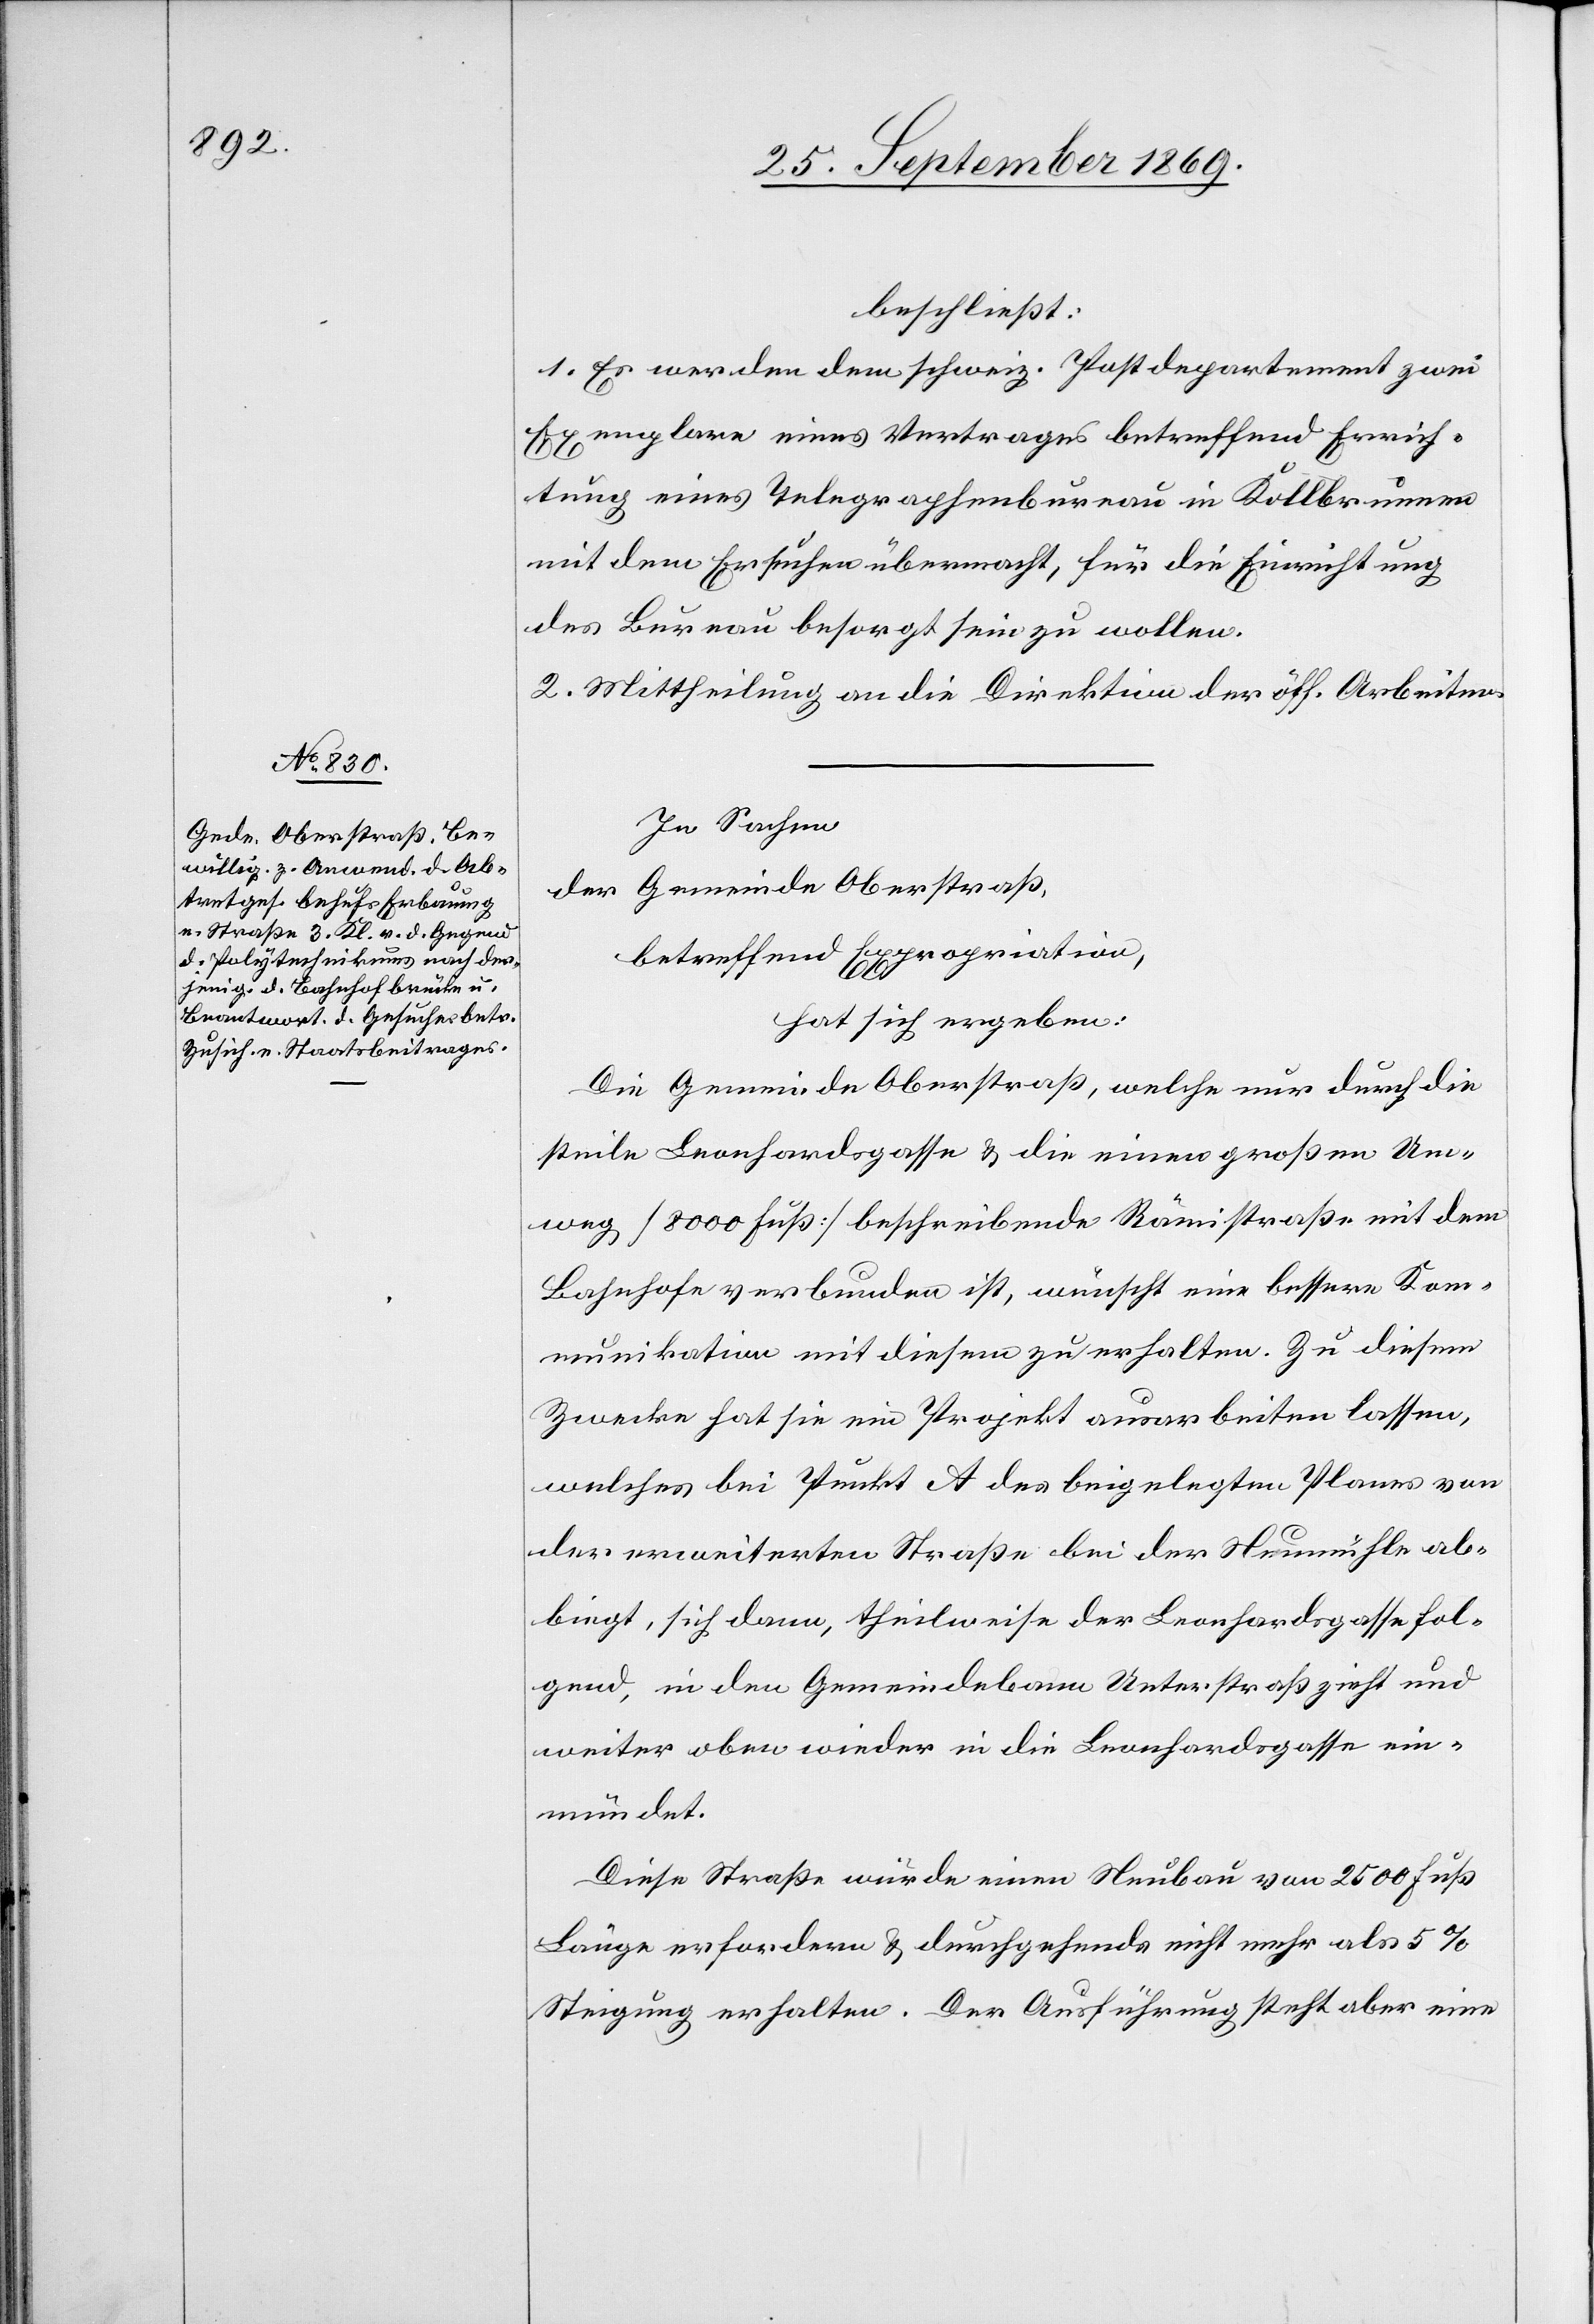
beschließt:
1. Es werden dem schweiz. Postdepartement zwei
Exemplare eines Vertrages betreffend Errich¬
tung eines Telegraphenbureau in Kollbrunnen
mit dem Ersuchen übermacht, für die Einrichtung
des Bureau besorgt sein zu wollen.
2. Mittheilung an die Direktion der öff. Arbeiten.
In Sachen
der Gemeinde Oberstraß,
betreffend Expropriation,
hat sich ergeben:
Die Gemeinde Oberstraß, welche nur durch die
steile Leonhardsgasse & die einen großen Um¬
weg [8000 Fuß] beschreibende Rämistraße mit dem
Bahnhofe verbunden ist, wünscht eine bessere Kom¬
munikation mit diesem zu erhalten. Zu diesem
Zwecke hat sie ein Projekt ausarbeiten lassen,
welches bei Punkt A des beigelegten Planes von
der erweiterten Straße bei der Neumühle abbi¬
egt, in den Gemeindebann Unterstraß zieht und
weiter oben wieder in die Leonhardsgasse ein¬
mündet.
Diese Straße würde einen Neubau von 2500 Fuß
Länge erfordern & durchgehends nicht mehr als 5%
Steigung erhalten. Der Ausführung steht aber eine